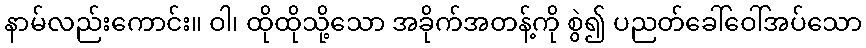
နာမ်လည်းကောင်း။ ဝါ၊ ထိုထိုသို့သော အခိုက်အတန့်ကို စွဲ၍ ပညတ်ခေါ်ဝေါ်အပ်သော